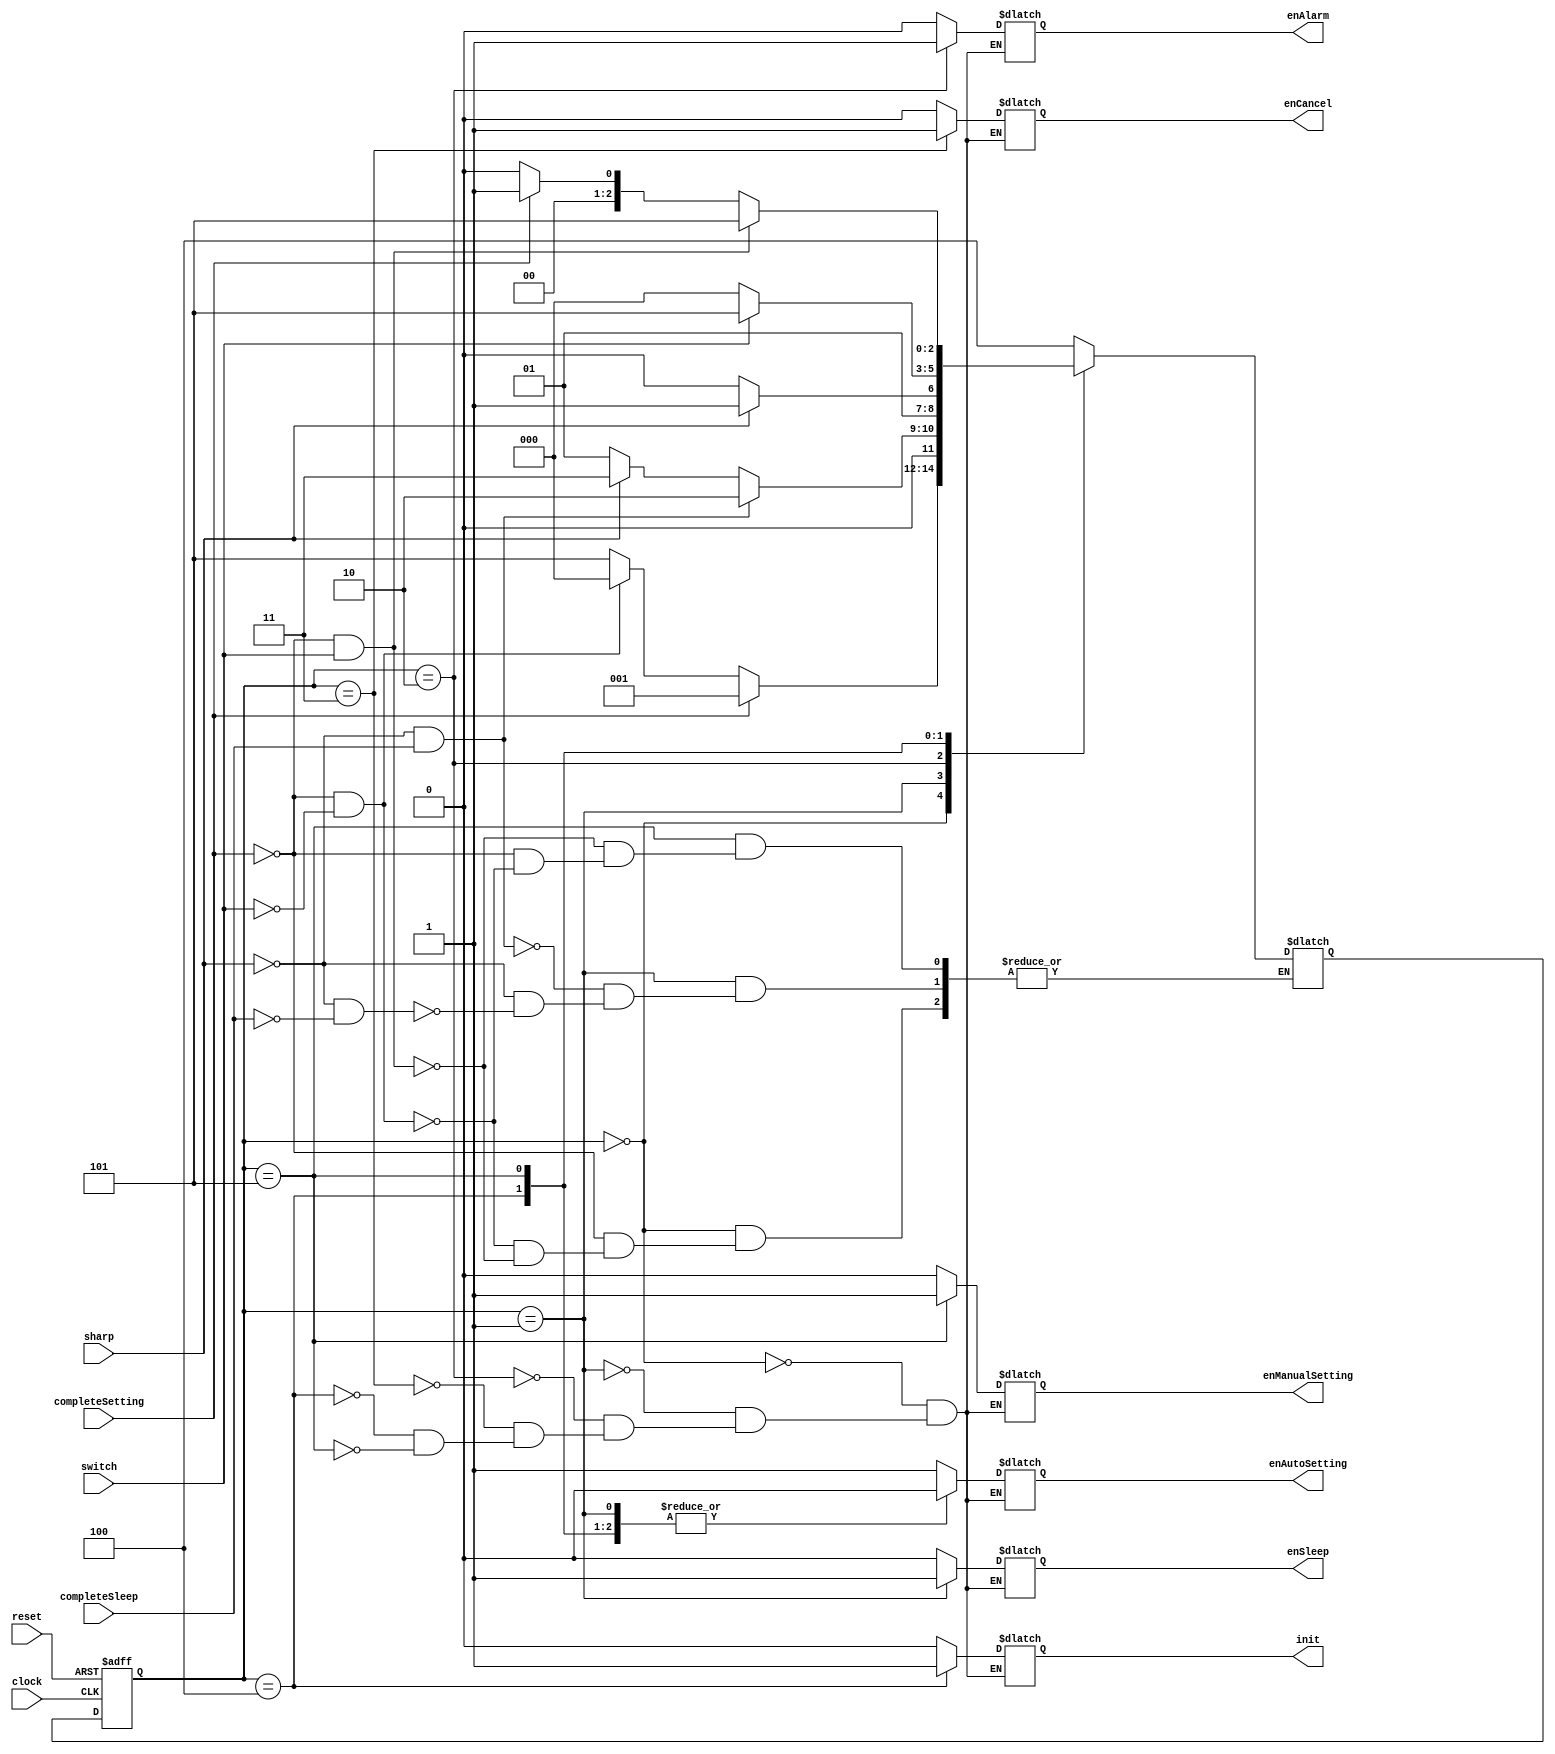
module main_state(reset, clock, switch, completeSetting, completeSleep, sharp, init, enAutoSetting, enManualSetting, enSleep, enAlarm, enCancel);
  input reset;
  input clock;
  input switch;
  input completeSetting;
  input completeSleep;
  input sharp;
  output init;
  output enAutoSetting;
  output enManualSetting;
  output enSleep;
  output enAlarm;
  output enCancel;

  reg init;
  reg enAutoSetting;
  reg enManualSetting;
  reg enSleep;
  reg enAlarm;
  reg enCancel;

  parameter [2:0] autoSetting = 0, sleep = 1, alarm = 2, cancel = 3, start = 4, manualSetting = 5;
  reg [2:0] current_state, next_state;

  always @(posedge clock or posedge reset)
  begin: SYNCH
    if (reset == 1'b1)
       current_state <= start;
    else
       current_state <= next_state;
  end

  always @(current_state or switch or completeSetting or completeSleep or sharp)
  begin: COMBIN
     case (current_state)
        autoSetting:
        begin
          if (completeSetting == 1'b1)
             begin
             next_state <= sleep;
             end
          else if (completeSetting == 1'b0 && switch == 1'b0)
             begin
             next_state <= autoSetting;
             end
          else if (completeSetting == 1'b0 && switch == 1'b1)
             begin
             next_state <= manualSetting;
             end
          init <= 1'b0;
          enAutoSetting <= 1'b1;
          enManualSetting <= 1'b0;
          enSleep <= 1'b0;
          enAlarm <= 1'b0;
          enCancel <= 1'b0;

        end

        sleep:
        begin
          if (sharp == 1'b0 && completeSleep == 1'b1)
             begin
             next_state <= alarm;
             end
          else if (sharp == 1'b1)
             begin
             next_state <= cancel;
             end
          else if (sharp == 1'b0 && completeSleep == 1'b0)
             begin
             next_state <= sleep;
             end
          init <= 1'b0;
          enAutoSetting <= 1'b0;
          enManualSetting <= 1'b0;
          enSleep <= 1'b1;
          enAlarm <= 1'b0;
          enCancel <= 1'b0;

        end

        alarm:
        begin
          if (sharp == 1'b1)
             begin
             next_state <= cancel;
             end
          else if (sharp == 1'b0)
             begin
             next_state <= alarm;
             end
          init <= 1'b0;
          enAutoSetting <= 1'b0;
          enManualSetting <= 1'b0;
          enSleep <= 1'b0;
          enAlarm <= 1'b1;
          enCancel <= 1'b0;

        end

        cancel:
        begin
             next_state <= start;
          init <= 1'b0;
          enAutoSetting <= 1'b0;
          enManualSetting <= 1'b0;
          enSleep <= 1'b0;
          enAlarm <= 1'b0;
          enCancel <= 1'b1;

        end

        start:
        begin
          if (switch == 1'b0)
             begin
             next_state <= autoSetting;
             end
          else if (switch == 1'b1)
             begin
             next_state <= manualSetting;
             end
          init <= 1'b1;
          enAutoSetting <= 1'b0;
          enManualSetting <= 1'b0;
          enSleep <= 1'b0;
          enAlarm <= 1'b0;
          enCancel <= 1'b0;

        end

        manualSetting:
        begin
          if (completeSetting == 1'b0 && switch == 1'b1)
             begin
             next_state <= manualSetting;
             end
          else if (completeSetting == 1'b1)
             begin
             next_state <= sleep;
             end
          else if (completeSetting == 1'b0 && switch == 1'b0)
             begin
             next_state <= autoSetting;
             end
          init <= 1'b0;
          enAutoSetting <= 1'b0;
          enManualSetting <= 1'b1;
          enSleep <= 1'b0;
          enAlarm <= 1'b0;
          enCancel <= 1'b0;

        end


        default:
          next_state <= start;
     endcase
  end

endmodule